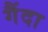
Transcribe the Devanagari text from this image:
गैंदा